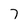
Character: 7